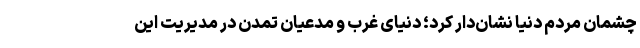
چشمان مردم دنیا نشان‌دار کرد؛ دنیای غرب و مدعیان تمدن در مدیریت این